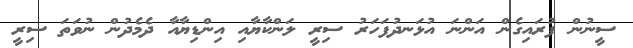
ސީނުން ފުރައިގެން އަންނަ އުޅަނދުފަހަރު ސިރީ ލަންކާޔާއި އިންޑިޔާއާ ދެމެދުން ނުވަތަ ސިރީ